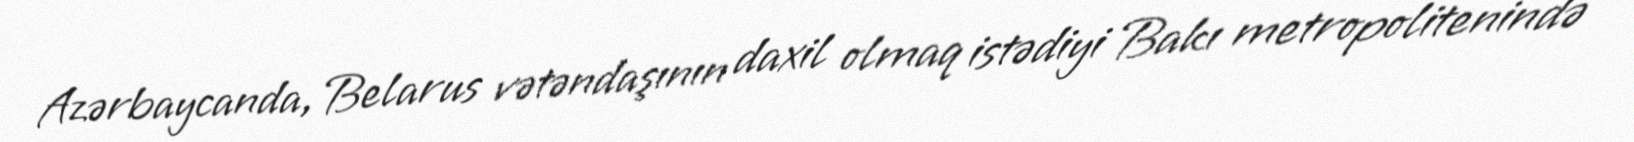
Azərbaycanda, Belarus vətəndaşının daxil olmaq istədiyi Bakı metropolitenində